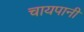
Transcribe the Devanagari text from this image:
चायपानी